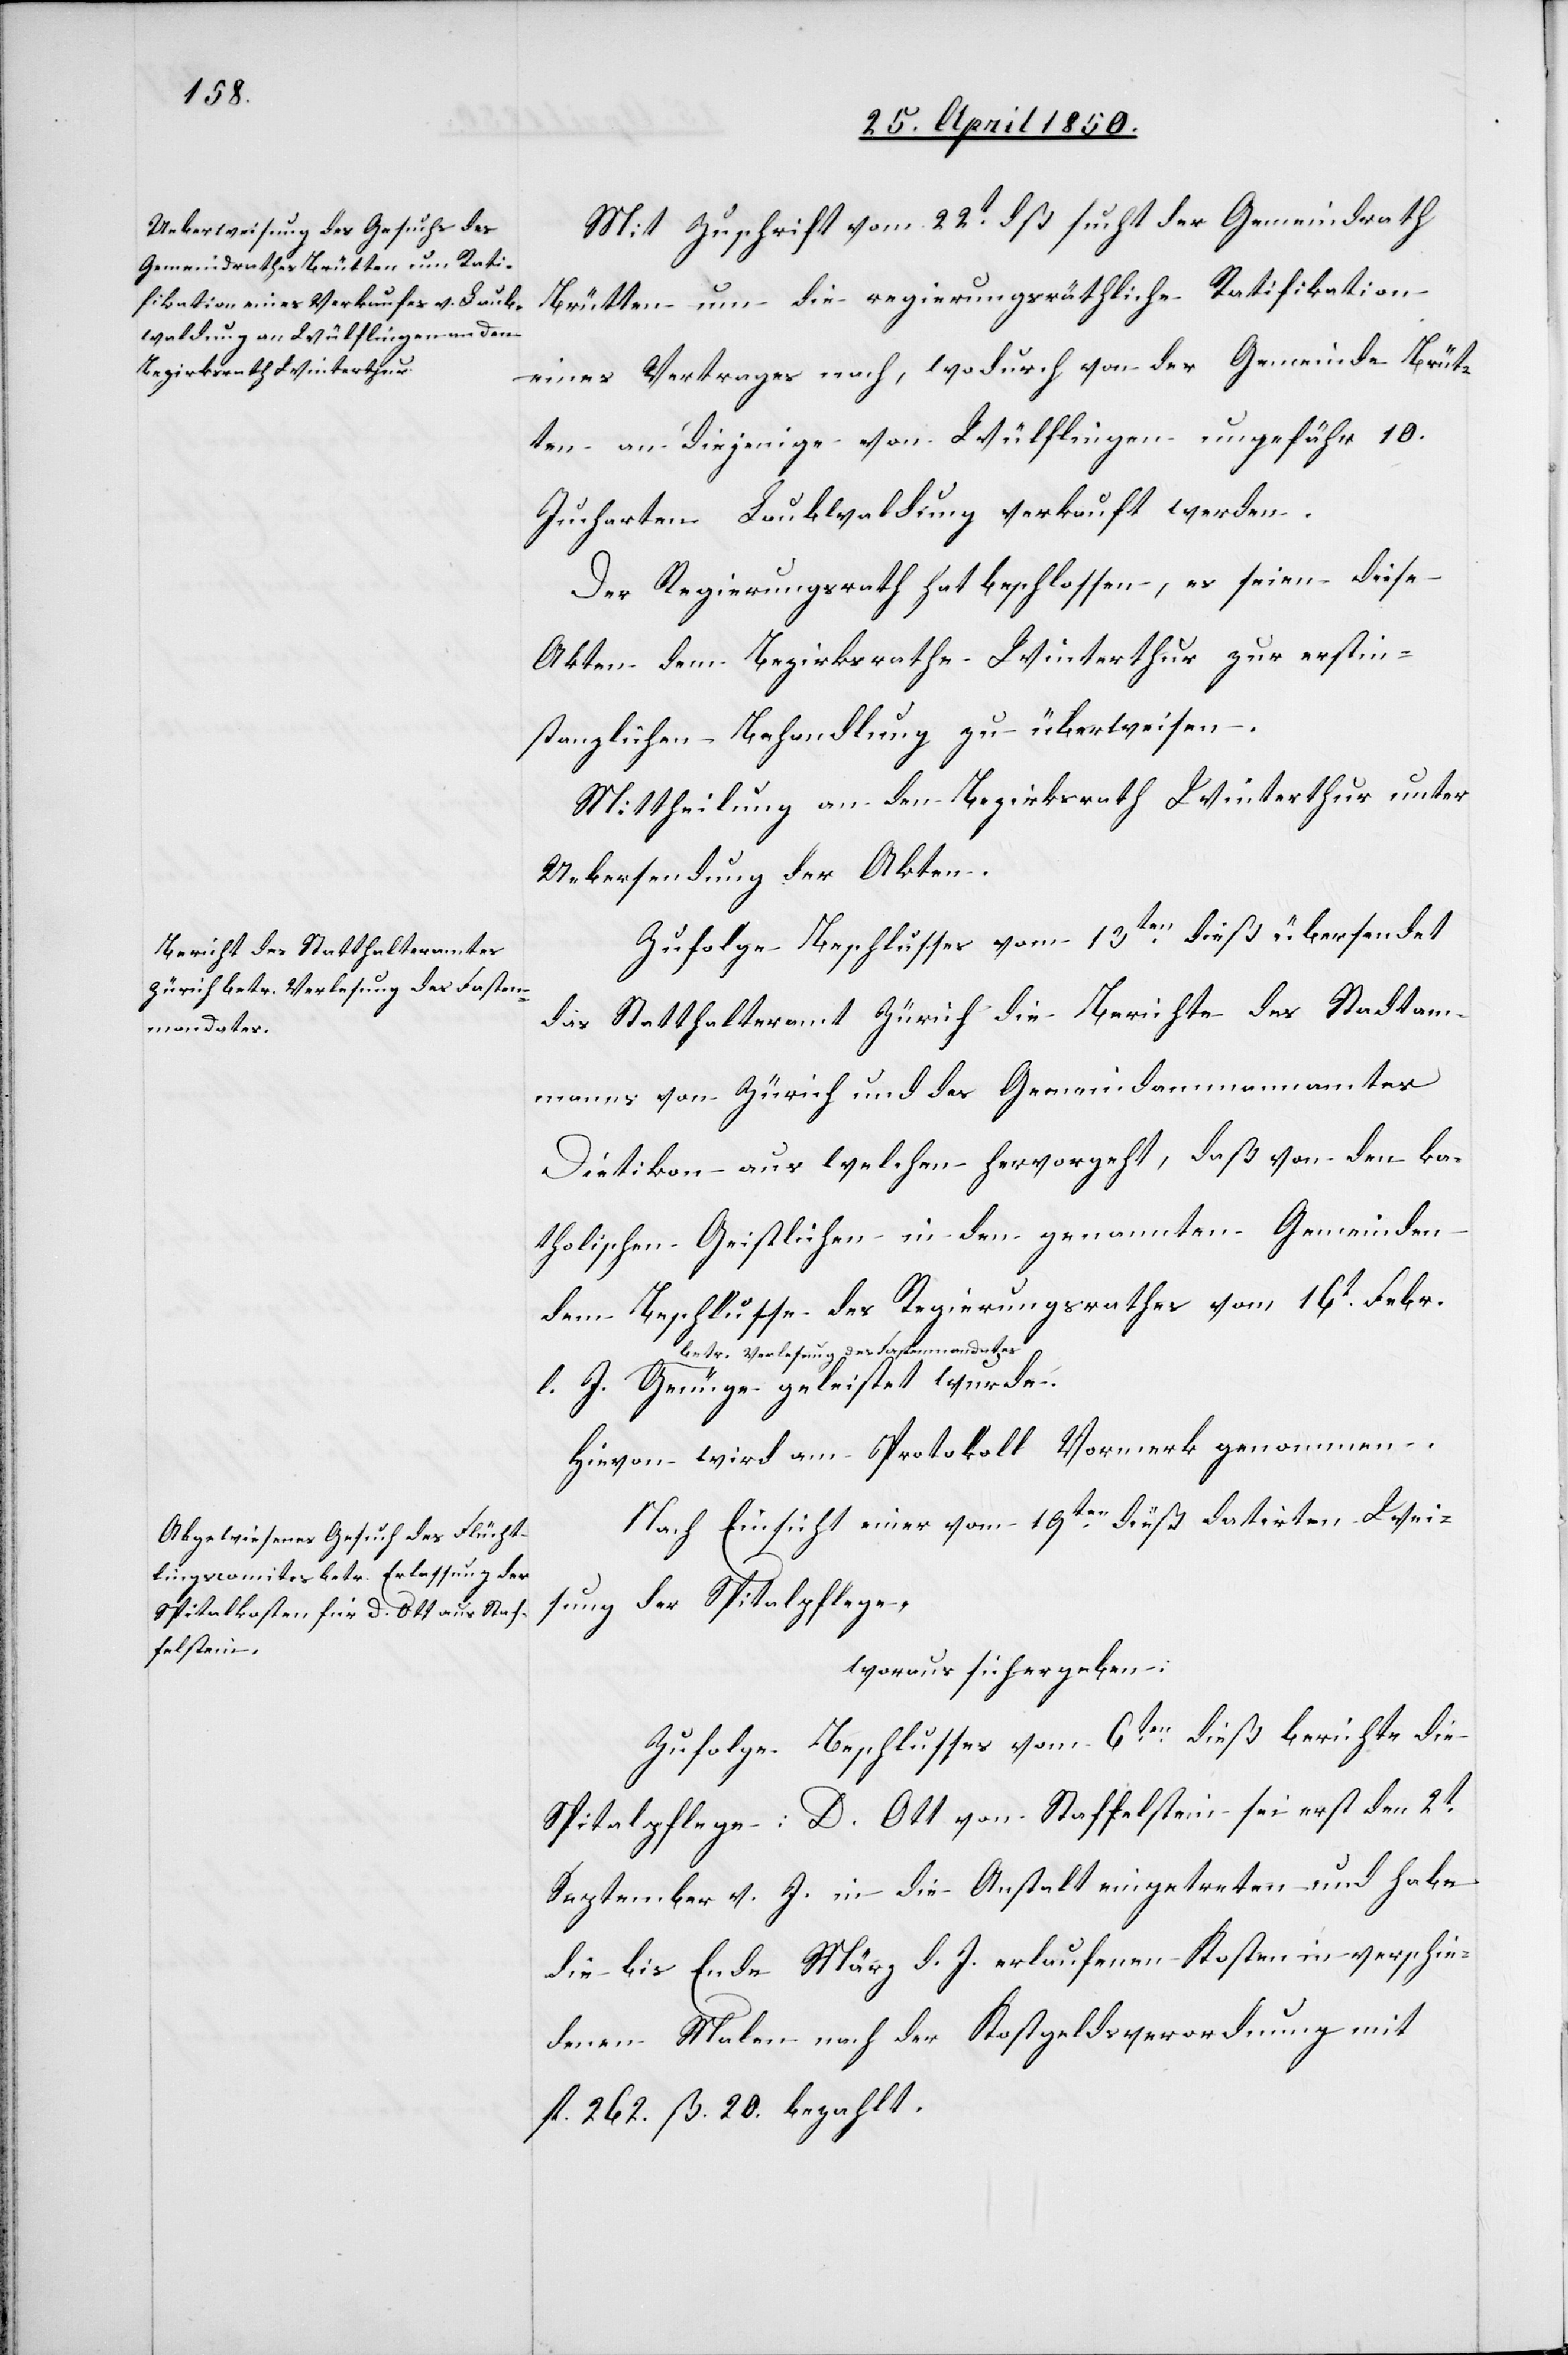
Mit Zuschrift vom 22t dß. sucht der Gemeindrath
Brütten um die regierungsräthliche Ratifikation
eines Vertrages nach, wodurch von der Gemeinde Brüt¬
ten an diejenige von Wülflingen ungefähr 10.
Jucharten Laubwaldung verkauft werden.
Der Regierungsrath hat beschlossen, es seien diese
Akten dem Bezirksrathe Winterthur zur erstin¬
stanzlichen Behandlung zu überweisen.
Mittheilung an den Bezirksrath Winterthur unter
Uebersendung der Akten.
Zufolge Beschlusses vom 13ten dieß übersendet
das Statthalteramt Zürich die Berichte des Stadtam¬
manns von Zürich und des Gemeindammannamtes
Dietikon aus welchen hervorgeht, daß von den ka¬
tholischen Geistlichen in den genannten Gemeinden
dem Beschlusse des Regierungsrathes vom 16t Febr.
betr. Verlesung des Fastenmandate¬
s Genüge geleistet wurde.
Nach Einsicht einer vom 19ten dieß datirten Wei¬
sung der Spitalpflege,
woraus sich ergeben:
Zufolge Beschlusses vom 6ten dieß berichte die
Spitalpflege: D. Ott von Staffelstein sei erst den 2t
September v. J. in die Anstalt eingetreten und habe
die bis Ende März d. J. erlaufenen Kosten in verschie¬
denen Malen nach der Kostgeldsverordnung mit
fl. 262. ß. 20. bezahlt.